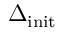
\Delta _ { \mathrm { i n i t } }